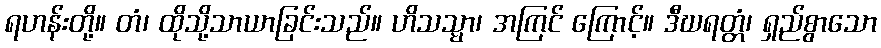
ရဟန်းတို့။ တံ၊ ထိုသို့သာယာခြင်းသည်။ ဟိသသ္မာ၊ အကြင် ကြောင့်။ ဒီဃရတ္တံ၊ ရှည်စွာသော